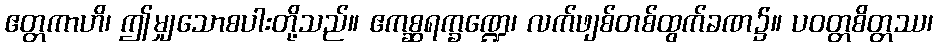
ဧတ္တကာဟိ၊ ဤမျှသောစပါးတို့သည်။ ဧကစ္ဆရက္ခဏ္ဍေ၊ လက်ဖျစ်တစ်ထွက်ခဏ၌။ ပဝတ္တစိတ္တဿ၊